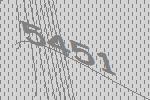
5451